Lunatic asylums Madras 1892-1911 - 1892-1911
Year: 1892
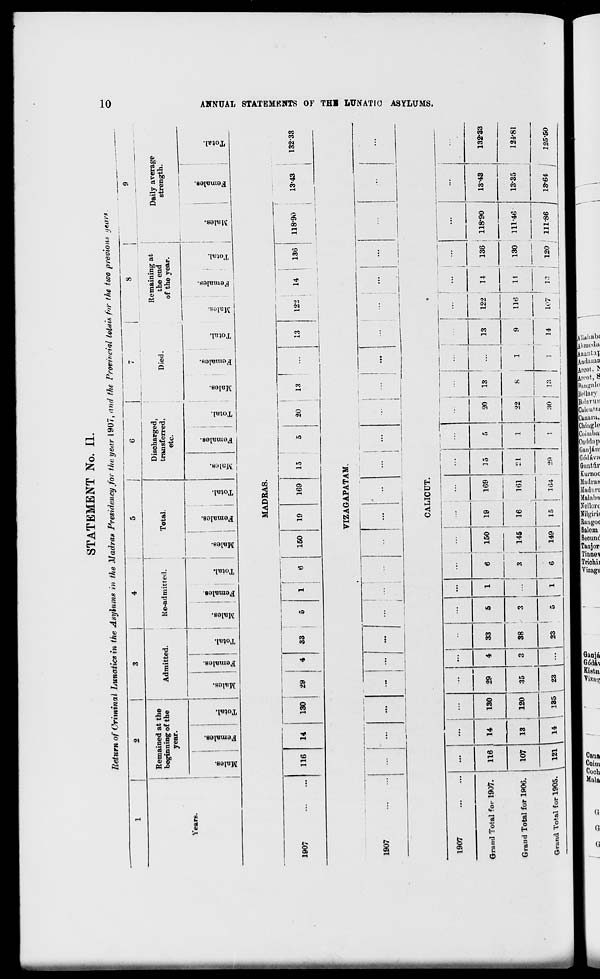
STATEMENT No. II.
Years.
Return of Criminal Lunatics in the Asylums in the Madras Presidency for the year 1907, arid the Provincial totals for the two previous years.
Remained at the
beginning of the
year.
X
D
"5
x
O
"3
£
fa
o
Admitted.
He-admitted.
■s
"3
X
C
"3
£
©
fa
c
co
i
©
"3
3
CD
©
"3
£ o
fa
o
EH
Total.
CO
©
"3
X
o
"3
£
©
fa
cS
-43
o
EH
Discharged,
transferred.
etc.
o
CO
C9
£
CO
fa
4
-43
c
EH
T.
©
"3
Died.
X
13
©
ft
es
o
Remaining at
the end
of the year.
00
o
to
c
9
Daily average
strength.
CD*
CO
CO
eS
"-a
V
£
■S
43
3
CD
o
^
fa
*
a >
1907
MADRAS.
116
14
130
29
33
150
19
169
15
20
13
VIZAGAPATAM.
!
j
CALICUT.
13
122
14
136
1907
...
...
29
...
...
■
...
Grand Total for 1907.
116
14
13
130
4
a
33
5
1
6
150
145
19
Grand Total for 1906.
107
120
35
38
3
8
16
Grand Total for 1905.
121 I " 135 i 23 i s 5 A 6 149 15
...
...
...
i
i
1
169
15
5
1
20 ! 13
;
13
122
161
21
22
8
1
9
116
107
164
29
1
:K> ! 13
1
1
1
14
i
118-90
1343
122
14
136 , 118*90
132-38
14 i 130
11146
13-35
124-81
0Q
■2
«
o
1-3
LI
CO
3£ O O «
S" c O S3